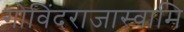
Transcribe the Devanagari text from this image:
गोविंदराजास्वामि